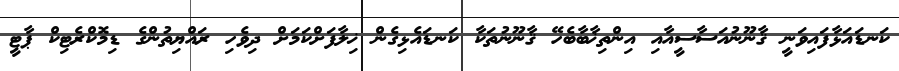
ކަނޑައަޅާފައިވަނީ ޤާނޫނުއަސާސީއާއި އިންތިޚާބާބެހޭ ޤާނޫނުތަކާ ކަނޑައެޅިގެން ޚިލާފަށްކަމަށް ދިވެހި ރައްޔިތުންގެ ޑިމޮކްރެޓިކް ޕާޓީ